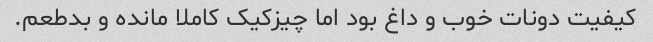
کیفیت دونات خوب و داغ بود اما چیزکیک کاملا مانده و بدطعم.